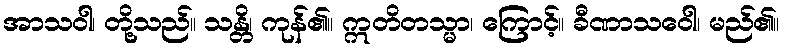
အာသဝါ၊ တို့သည်။ သန္တိ၊ ကုန်၏။ ဣတိတသ္မာ၊ ကြောင့်။ ခီဏာသဝေါ၊ မည်၏။